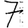
Digit: 7